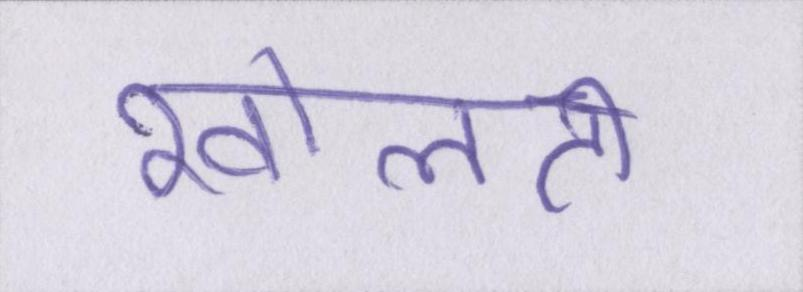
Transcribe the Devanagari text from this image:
खोलती